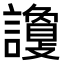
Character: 𧭦